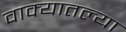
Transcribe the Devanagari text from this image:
वाक्यातल्या